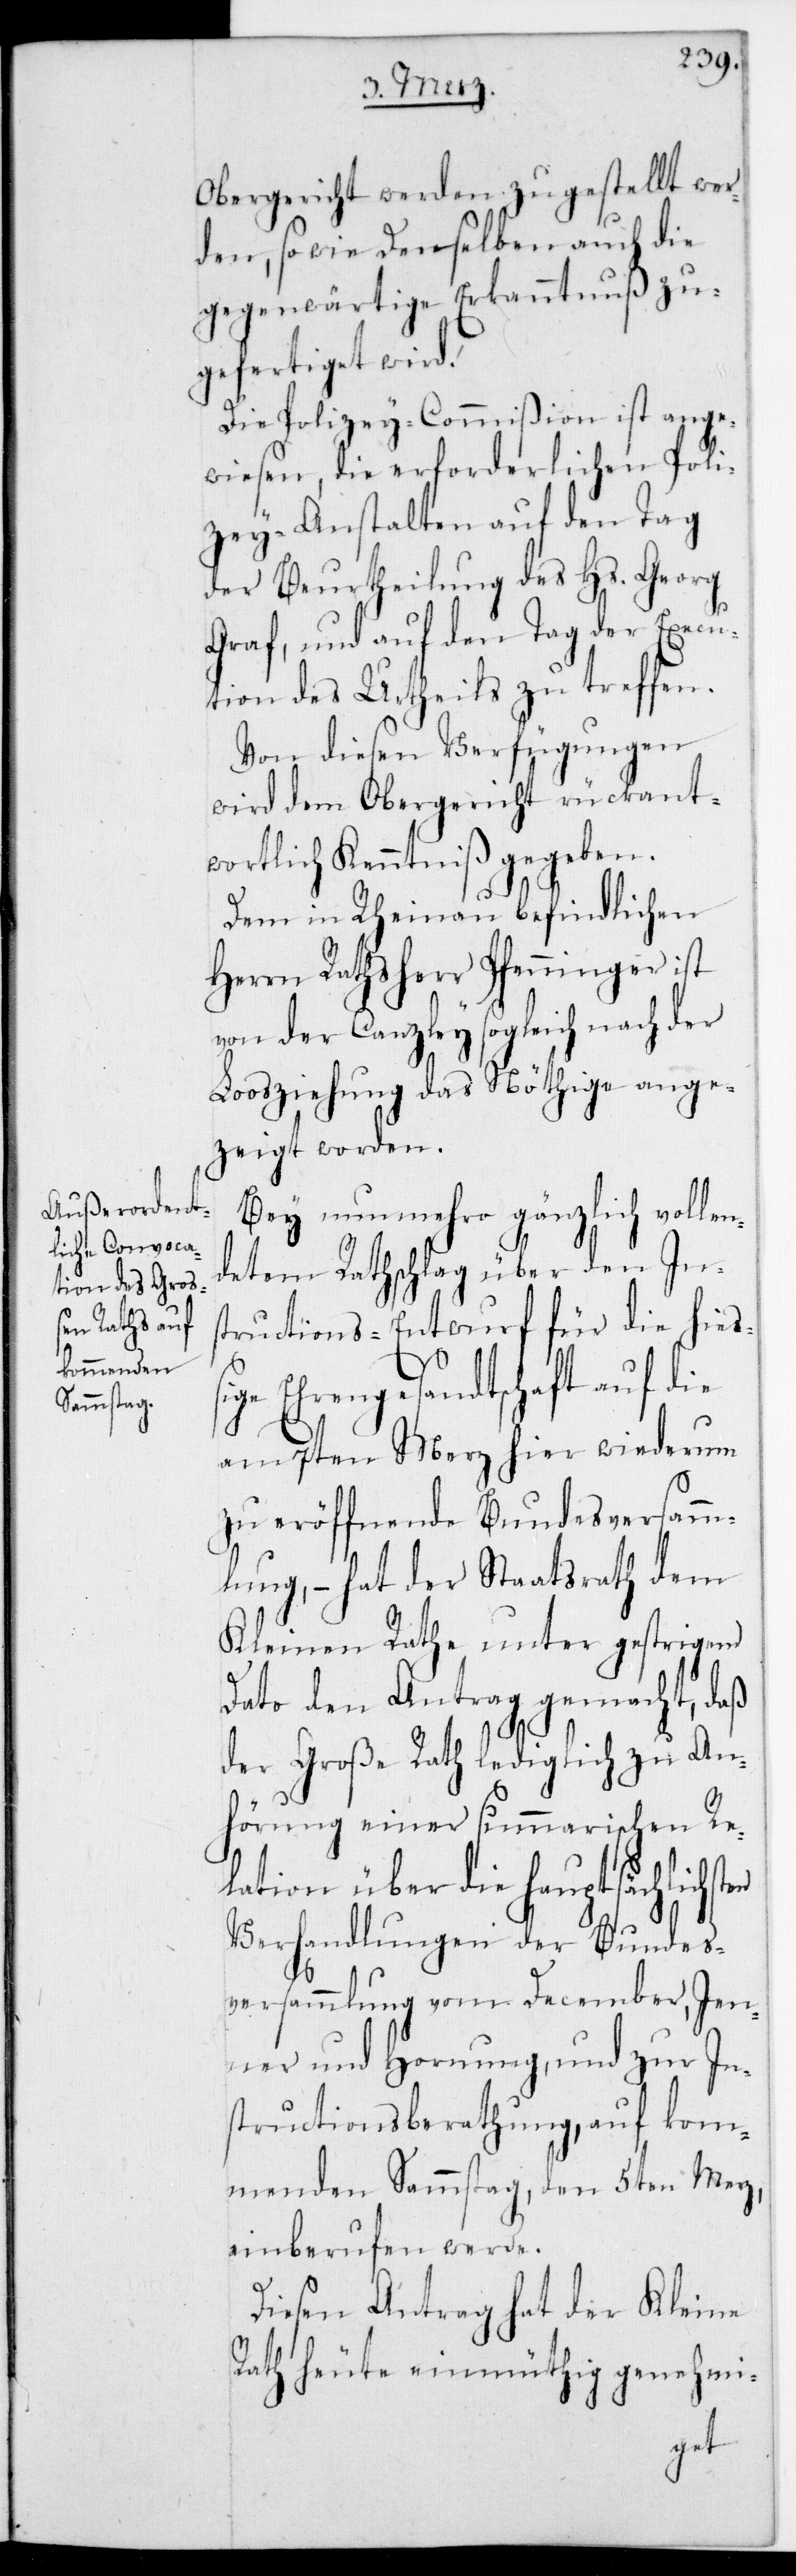
Obergericht werden zugestellt wer¬
den; sowie denselben auch die
gegenwärtige Erkanntnuß zu¬
gefertiget wird.
Die Polizey-Commißion ist ange¬
wiesen, die erforderlichen Poli¬
zeyanstalten auf den Tag
der Beurtheilung des Hs. Georg
Graf, und auf den Tag der Execu¬
tion des Urtheils zu treffen.
Von diesen Verfügungen
wird dem Obergericht rückant¬
wortlich Kenntniß gegeben.
Dem in Rheinau befindlichen
Herrn Rathsherr Pfenninger ist
von der Canzley sogleich nach der
Loosziehung das Nöthige ange¬
zeigt worden.
Bey nunmehro gänzlich volle¬
ndetem Rathschlag über den Ins¬
tructions-Entwurf für die hießi¬
ge Ehrengesandtschaft auf die
am 7ten Merz hier wiederum
zu eröffnende Bundesversamm¬
lung, – hat der Staatsrath dem
Kleinen Rathe unter gestrigem
Dato den Antrag gemacht, daß
der Große Rath lediglich zu An¬
hörung einer summarischen Re¬
lation über die hauptsächlichsten
Verhandlungen der Bundes¬
versammlung vom December, Jen¬
ner und Hornung, und zur In¬
structionsberathung, auf kom¬
menden Sammstag, den 5ten Merz,
einberufen werde.
Diesen Antrag hat der Kleine
Rath heute einmüthig genehmi-